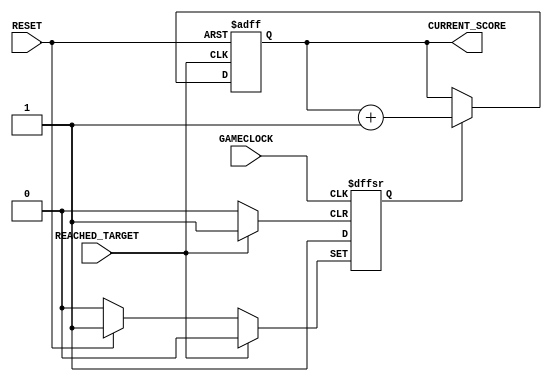
`timescale 1ns / 1ps
//////////////////////////////////////////////////////////////////////////////////
// Company: 
// Engineer: 
// 
// Design Name: 
// Module Name:    ScoreCounter 
// Project Name: 
// Target Devices: 
// Tool versions: 
// Description: 
//
// Dependencies: 
//
// Revision: 
// Revision 0.01 - File Created
// Additional Comments: 
//
//////////////////////////////////////////////////////////////////////////////////
module ScoreCounter(
		input RESET,
		input GAMECLOCK,
		input REACHED_TARGET,
		output reg [3:0] CURRENT_SCORE
    );
	 
// the idea is that the score counter can only count once per gameclock
reg enable = 1;
	
always@(posedge REACHED_TARGET or posedge RESET) begin
	if(RESET) 
		CURRENT_SCORE <= 0;
	else if(enable) begin
		CURRENT_SCORE <= CURRENT_SCORE+1;
	end
end

always@(posedge GAMECLOCK or posedge REACHED_TARGET or posedge RESET) begin
	if(RESET)
		enable <= 1;
	else if(REACHED_TARGET)
		enable <= 0;
	else
		enable <= 1;
end

endmodule